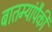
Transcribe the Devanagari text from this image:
बातम्यांपैकी